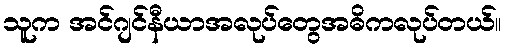
သူက အင်ဂျင်နီယာအလုပ်တွေအဓိကလုပ်တယ်။